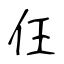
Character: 仼